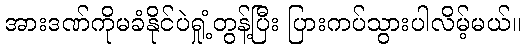
အားဒဏ်ကိုမခံနိုင်ပဲရှုံ့တွန့်ပြီး ပြားကပ်သွားပါလိမ့်မယ်။